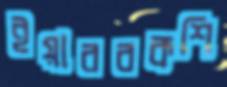
ইয়ারবকশি